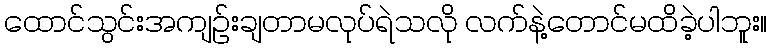
ထောင်သွင်းအကျဉ်းချတာမလုပ်ရဲသလို လက်နဲ့တောင်မထိခဲ့ပါဘူး။